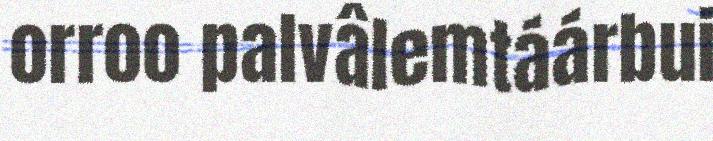
orroo palvâlemtáárbui